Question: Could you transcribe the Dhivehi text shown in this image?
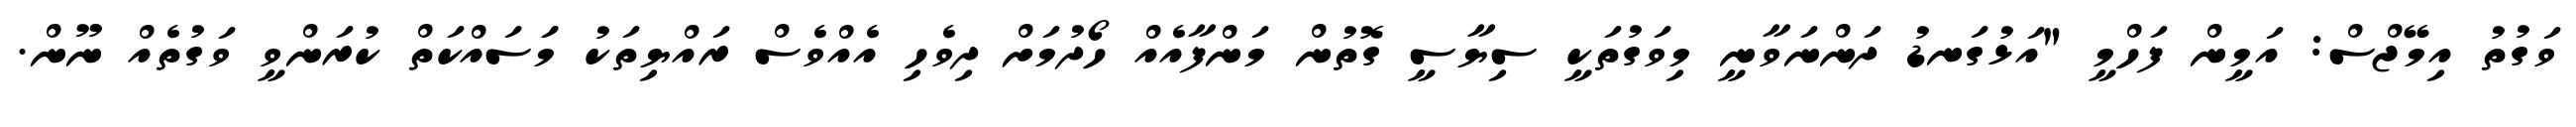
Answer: ވަގުތު އިމޭޖްސް: އަމީން ފަހްމީ "އަޅުގަނޑު ދަންނަވާނީ މިވަގުތަކީ ސިޔާސީ ގޮތުން މަންފާއެއް ހޯދުމަށް ދިވެހި އެއްވެސް ރައްޔިތަކު މަަސައްކަތް ކުރަންވީ ވަގުތެއް ނޫން.